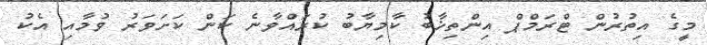
މީގެ އިތުރުން ޓްރަމްޕް އިންތިޚާބު ކާމިޔާބު ކުރައްވާނެ ކަން ކަށަވަރު ވުމާއި އެކު